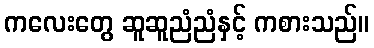
ကလေးတွေ ဆူဆူညံညံနှင့် ကစားသည်။